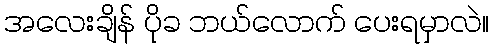
အလေးချိန် ပိုခ ဘယ်လောက် ပေးရမှာလဲ။